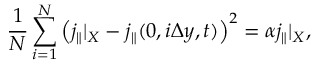
\frac { 1 } { N } \sum _ { i = 1 } ^ { N } \left( j _ { \parallel } | _ { X } - j _ { \parallel } ( 0 , i \Delta y , t ) \right) ^ { 2 } = \alpha j _ { \parallel } | _ { X } ,